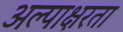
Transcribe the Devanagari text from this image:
अल्पाक्षरता